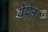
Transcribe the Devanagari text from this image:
येपेत।